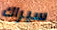
سيراك